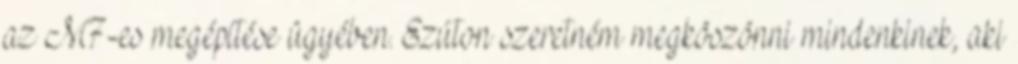
az M7-es megépítése ügyében. Ezúton szeretném megköszönni mindenkinek, aki